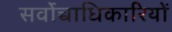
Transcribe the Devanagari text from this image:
सर्वोच्चाधिकारियों